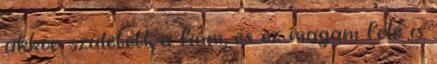
akkor született a fiam, és ez magam felé is